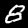
Label: 8